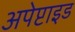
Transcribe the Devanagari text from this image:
अपेप्टाइड